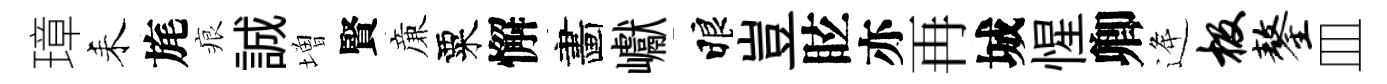
璋耒旄痕誠増賢亷粟懈畵巘睱豈眩亦再城惺卿逄极鏊皿